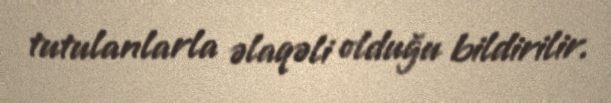
tutulanlarla əlaqəli olduğu bildirilir.